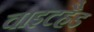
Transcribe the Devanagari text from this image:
वाइटहैड